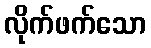
လိုက်ဖက်သော